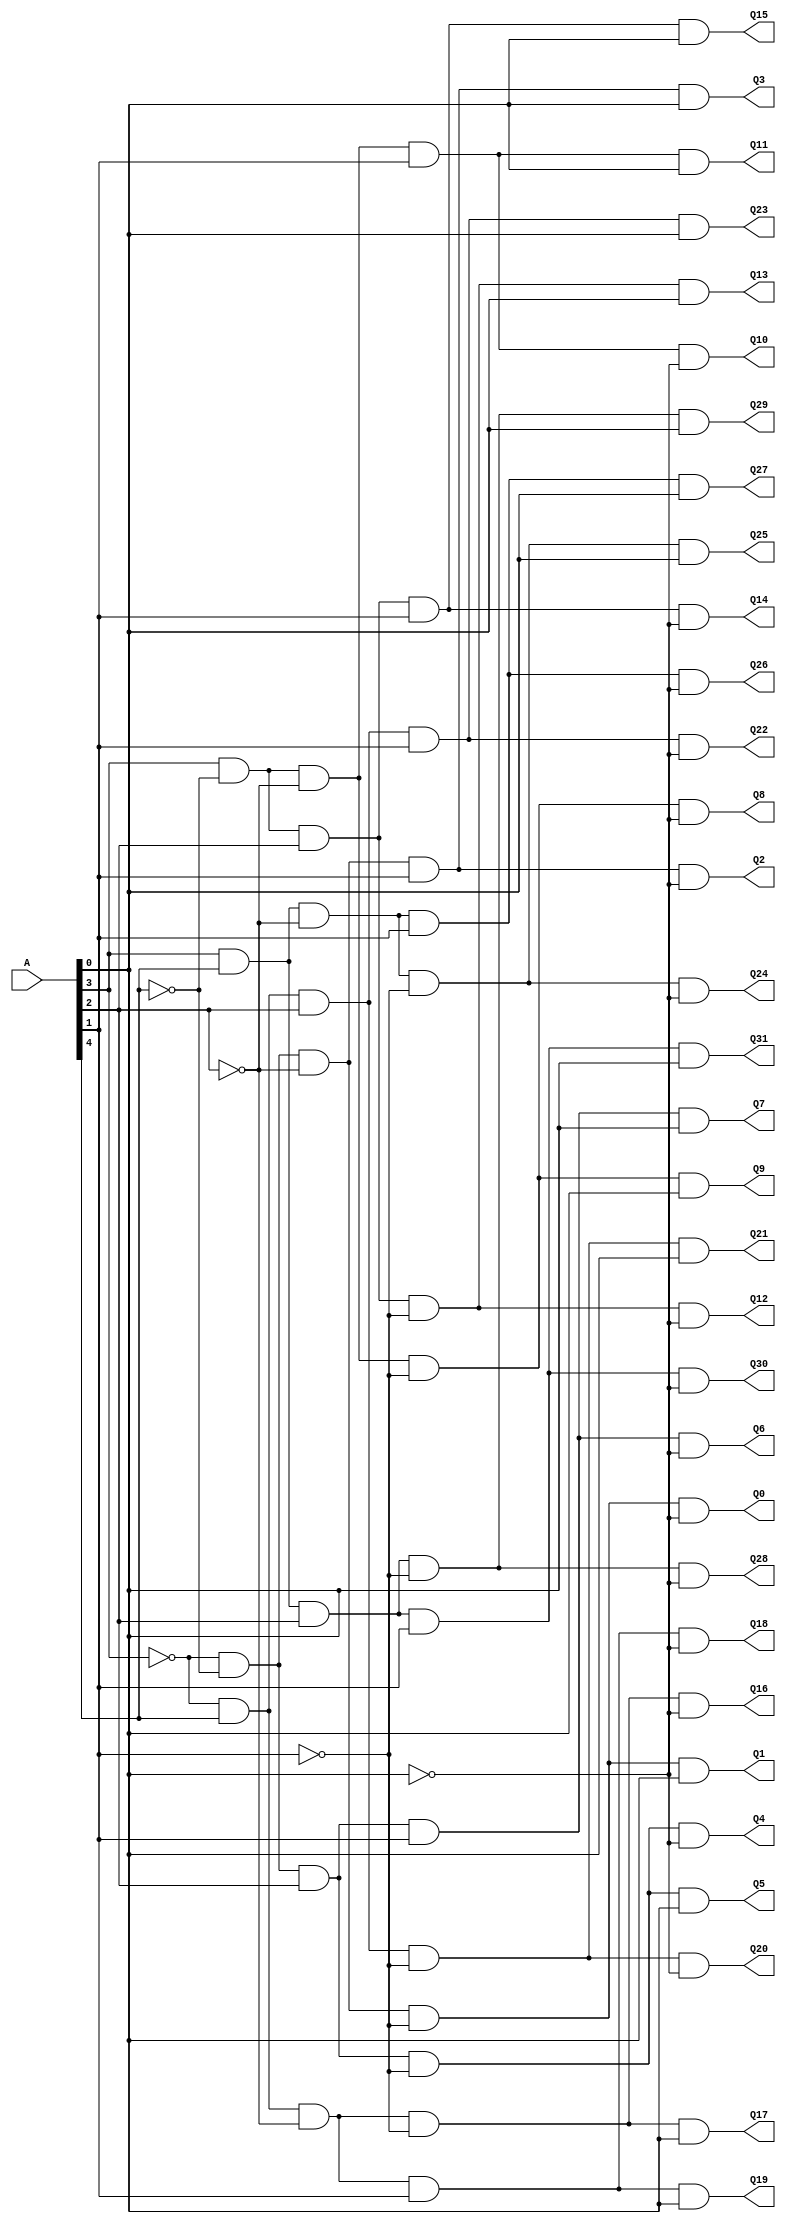
// Copyright (C) 2020  Intel Corporation. All rights reserved.
// Your use of Intel Corporation's design tools, logic functions 
// and other software and tools, and any partner logic 
// functions, and any output files from any of the foregoing 
// (including device programming or simulation files), and any 
// associated documentation or information are expressly subject 
// to the terms and conditions of the Intel Program License 
// Subscription Agreement, the Intel Quartus Prime License Agreement,
// the Intel FPGA IP License Agreement, or other applicable license
// agreement, including, without limitation, that your use is for
// the sole purpose of programming logic devices manufactured by
// Intel and sold by Intel or its authorized distributors.  Please
// refer to the applicable agreement for further details, at
// https://fpgasoftware.intel.com/eula.

// PROGRAM		"Quartus Prime"
// VERSION		"Version 20.1.1 Build 720 11/11/2020 SJ Lite Edition"
// CREATED		"Tue Aug 15 11:03:21 2023"

module Decoder_32(
	A,
	Q0,
	Q1,
	Q2,
	Q3,
	Q4,
	Q5,
	Q6,
	Q7,
	Q8,
	Q9,
	Q10,
	Q11,
	Q12,
	Q13,
	Q14,
	Q15,
	Q16,
	Q17,
	Q18,
	Q19,
	Q20,
	Q21,
	Q22,
	Q23,
	Q24,
	Q25,
	Q26,
	Q27,
	Q28,
	Q29,
	Q30,
	Q31
);


input wire	[4:0] A;
output wire	Q0;
output wire	Q1;
output wire	Q2;
output wire	Q3;
output wire	Q4;
output wire	Q5;
output wire	Q6;
output wire	Q7;
output wire	Q8;
output wire	Q9;
output wire	Q10;
output wire	Q11;
output wire	Q12;
output wire	Q13;
output wire	Q14;
output wire	Q15;
output wire	Q16;
output wire	Q17;
output wire	Q18;
output wire	Q19;
output wire	Q20;
output wire	Q21;
output wire	Q22;
output wire	Q23;
output wire	Q24;
output wire	Q25;
output wire	Q26;
output wire	Q27;
output wire	Q28;
output wire	Q29;
output wire	Q30;
output wire	Q31;

wire	NOTA0;
wire	NOTA1;
wire	NOTA2;
wire	NOTA3;
wire	NOTA4;
wire	Power;




assign	Q0 = NOTA3 & Power & NOTA4 & NOTA2 & NOTA1 & NOTA0;

assign	Q15 = A[3] & Power & NOTA4 & A[2] & A[1] & A[0];

assign	Q16 = NOTA3 & Power & A[4] & NOTA2 & NOTA1 & NOTA0;

assign	Q17 = NOTA3 & Power & A[4] & NOTA2 & NOTA1 & A[0];

assign	Q18 = NOTA3 & Power & A[4] & NOTA2 & A[1] & NOTA0;

assign	Q19 = NOTA3 & Power & A[4] & NOTA2 & A[1] & A[0];

assign	Q20 = NOTA3 & Power & A[4] & A[2] & NOTA1 & NOTA0;

assign	Q21 = NOTA3 & Power & A[4] & A[2] & NOTA1 & A[0];

assign	Q2 = NOTA3 & Power & NOTA4 & NOTA2 & A[1] & NOTA0;

assign	Q22 = NOTA3 & Power & A[4] & A[2] & A[1] & NOTA0;

assign	Q23 = NOTA3 & Power & A[4] & A[2] & A[1] & A[0];

assign	Q24 = A[3] & Power & A[4] & NOTA2 & NOTA1 & NOTA0;

assign	Q25 = A[3] & Power & A[4] & NOTA2 & NOTA1 & A[0];

assign	Q26 = A[3] & Power & A[4] & NOTA2 & A[1] & NOTA0;

assign	Q27 = A[3] & Power & A[4] & NOTA2 & A[1] & A[0];

assign	Q28 = A[3] & Power & A[4] & A[2] & NOTA1 & NOTA0;

assign	NOTA4 =  ~A[4];

assign	Q29 = A[3] & Power & A[4] & A[2] & NOTA1 & A[0];

assign	Q30 = A[3] & Power & A[4] & A[2] & A[1] & NOTA0;

assign	Q31 = A[3] & Power & A[4] & A[2] & A[1] & A[0];

assign	Q3 = NOTA3 & Power & NOTA4 & NOTA2 & A[1] & A[0];

assign	Q4 = NOTA3 & Power & NOTA4 & A[2] & NOTA1 & NOTA0;

assign	NOTA3 =  ~A[3];

assign	Q5 = NOTA3 & Power & NOTA4 & A[2] & NOTA1 & A[0];

assign	NOTA2 =  ~A[2];

assign	Q6 = NOTA3 & Power & NOTA4 & A[2] & A[1] & NOTA0;

assign	NOTA1 =  ~A[1];

assign	Q7 = NOTA3 & Power & NOTA4 & A[2] & A[1] & A[0];

assign	Q8 = A[3] & Power & NOTA4 & NOTA2 & NOTA1 & NOTA0;

assign	NOTA0 =  ~A[0];

assign	Q9 = A[3] & Power & NOTA4 & NOTA2 & NOTA1 & A[0];


assign	Q10 = A[3] & Power & NOTA4 & NOTA2 & A[1] & NOTA0;

assign	Q11 = A[3] & Power & NOTA4 & NOTA2 & A[1] & A[0];

assign	Q1 = NOTA3 & Power & NOTA4 & NOTA2 & NOTA1 & A[0];

assign	Q12 = A[3] & Power & NOTA4 & A[2] & NOTA1 & NOTA0;

assign	Q13 = A[3] & Power & NOTA4 & A[2] & NOTA1 & A[0];

assign	Q14 = A[3] & Power & NOTA4 & A[2] & A[1] & NOTA0;

assign	Power = 1;

endmodule